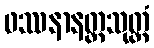
ဖဿနာနတ္တသုတ္တံ